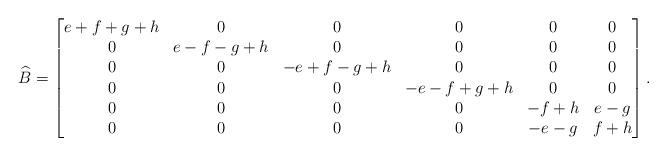
LaTeX: \begin{align*}\widehat{B}=\begin{bmatrix}e+f+g+h & 0 &0 &0 &0 &0\\0 & e-f-g+h & 0 &0 &0 &0 \\0 & 0 & -e+f-g+h & 0 & 0 & 0\\0 &0 &0 & -e-f+g+h & 0& 0\\0 &0 & 0 &0 & -f+h & e-g\\0 &0 &0 &0 &-e-g & f+h \end{bmatrix}.\end{align*}